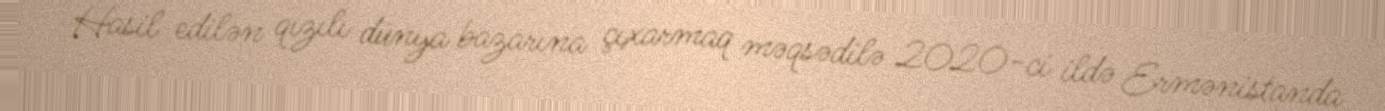
Hasil edilən qızılı dünya bazarına çıxarmaq məqsədilə 2020-ci ildə Ermənistanda